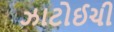
ઝાટોઈચી